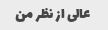
عالی از نظر من